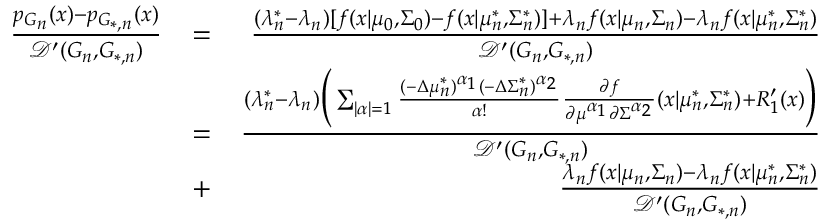
\begin{array} { r l r } { \frac { p _ { G _ { n } } ( x ) - p _ { G _ { * , n } } ( x ) } { \mathcal { D } ^ { \prime } ( G _ { n } , G _ { * , n } ) } } & { = } & { \frac { ( \lambda _ { n } ^ { * } - \lambda _ { n } ) [ f ( x | \mu _ { 0 } , \Sigma _ { 0 } ) - f ( x | \mu _ { n } ^ { * } , \Sigma _ { n } ^ { * } ) ] + \lambda _ { n } f ( x | \mu _ { n } , \Sigma _ { n } ) - \lambda _ { n } f ( x | \mu _ { n } ^ { * } , \Sigma _ { n } ^ { * } ) } { \mathcal { D } ^ { \prime } ( G _ { n } , G _ { * , n } ) } } \\ & { = } & { \frac { ( \lambda _ { n } ^ { * } - \lambda _ { n } ) \biggr ( \sum _ { | \alpha | = 1 } \frac { ( - \Delta \mu _ { n } ^ { * } ) ^ { \alpha _ { 1 } } ( - \Delta \Sigma _ { n } ^ { * } ) ^ { \alpha _ { 2 } } } { \alpha ! } \frac { \partial { f } } { \partial { \mu ^ { \alpha _ { 1 } } } \partial { \Sigma ^ { \alpha _ { 2 } } } } ( x | \mu _ { n } ^ { * } , \Sigma _ { n } ^ { * } ) + R _ { 1 } ^ { \prime } ( x ) \biggr ) } { \mathcal { D } ^ { \prime } ( G _ { n } , G _ { * , n } ) } } \\ & { + } & { \frac { \lambda _ { n } f ( x | \mu _ { n } , \Sigma _ { n } ) - \lambda _ { n } f ( x | \mu _ { n } ^ { * } , \Sigma _ { n } ^ { * } ) } { \mathcal { D } ^ { \prime } ( G _ { n } , G _ { * , n } ) } } \end{array}